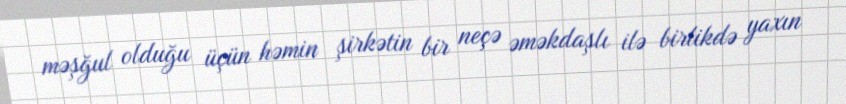
məşğul olduğu üçün həmin şirkətin bir neçə əməkdaşlı ilə birlikdə yaxın